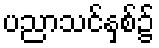
ပညာသင်နှစ်၌